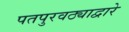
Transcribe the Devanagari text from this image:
पतपुरवठ्याद्वारे